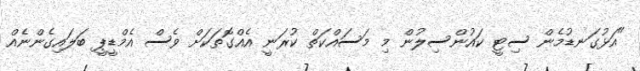
"އަޅުގަނޑުމެން ސިޓީ ކައުންސިލުން މި މަސައްކަތް ކުރަނީ އެއްގޮތަކަށް ވެސް އެމްޑީޕީ ބަލައިގެންނެއް